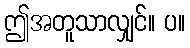
ဤအတူသာလျှင်။ ပ။